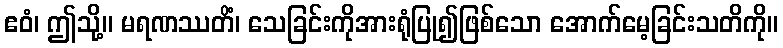
ဧဝံ၊ ဤသို့။ မရဏဿတိံ၊ သေခြင်းကိုအားရုံပြု၍ဖြစ်သော အောက်မေ့ခြင်းသတိကို။